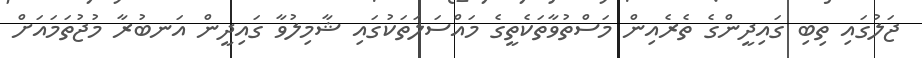
ޖަލުގައި ތިބި ގައިދީންގެ ތެރެއިން މަސްތުވާތަކެތީގެ މައްސަލަތަކުގައި ޝާމިލުވާ ގައިދީން އަނބުރާ މުޖުތަމައަށް